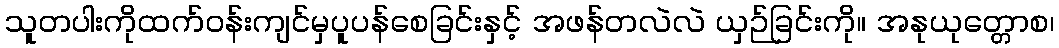
သူတပါးကိုထက်ဝန်းကျင်မှပူပန်စေခြင်းနှင့် အဖန်တလဲလဲ ယှဉ်ခြင်းကို။ အနုယုတ္တောစ၊